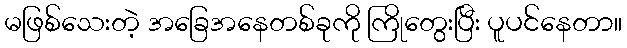
မဖြစ်သေးတဲ့ အခြေအနေတစ်ခုကို ကြိုတွေးပြီး ပူပင်နေတာ။